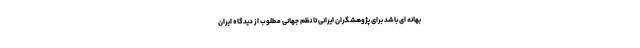
بهانه ای باشد برای پژوهشگران ایرانی تا نظم جهانی مطلوب از دیدگاه ایران